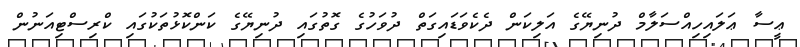
ޢީސާ ޢަލައިހިއްސަލާމް ދުނިޔޭގެ އަލިކަން ދެކެވަޑައިގަތް ދުވަހުގެ ގޮތުގައި ދުނިޔޭގެ ކަންކޮޅުތަކުގައި ކްރިސްޓިއަނުން